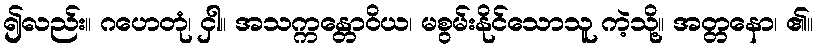
၍လည်း။ ဂဟေတုံ၊ ငှါ။ အသက္ကန္တောဝိယ၊ မစွမ်းနိုင်သောသူ ကဲ့သို့။ အတ္တနော၊ ၏။